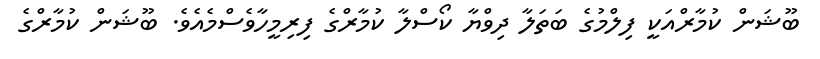
ބޫޝަން ކުމާރްއަކީ ފިލްމުގެ ބަތަލާ ދިވްޔާ ކޯސްލާ ކުމާރްގެ ފިރިމީހާވެސްމެއެވެ. ބޫޝަން ކުމާރްގެ